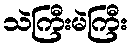
သဲကြီးမဲကြီး